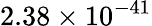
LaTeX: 2.38\times 10^{-41}